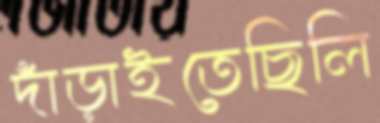
দাঁড়াইতেছিলি